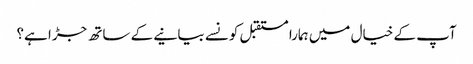
آپ کے خیال میں ہمارا مستقبل کونسے بیانیے کے ساتھ جڑا ہے؟